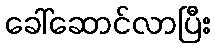
ခေါ်ဆောင်လာပြီး